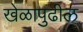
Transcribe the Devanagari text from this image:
खेळापुढील